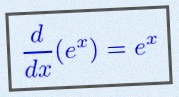
\frac{d}{dx}(e^x)=e^x